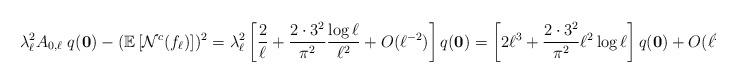
LaTeX: \begin{align*}{ \lambda _{\ell }^{2} A_{0,\ell } \; q(\mathbf{0}) -(\mathbb{E}\left[ {\cal N}^c(f_{\ell}) \right])^{2}= \lambda _{\ell }^{2} \left[ \frac{2}{\ell}+\frac{2 \cdot 3^2}{\pi^2} \frac{\log \ell}{\ell^2}+O(\ell^{-2}) \right] q(\mathbf{0}) =\left[ 2 \ell^3 +\frac{2 \cdot 3^2}{\pi^2} \ell^2 \log \ell \right] q(\mathbf{0})+O(\ell^2).}\end{align*}